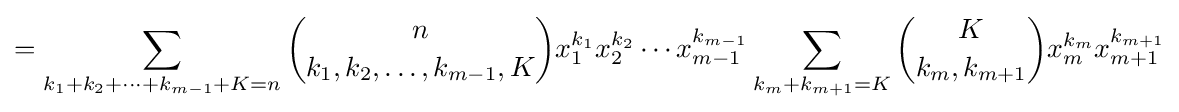
=\sum _{k_{1}+k_{2}+\cdots +k_{m-1}+K=n}{n \choose k_{1},k_{2},\ldots ,k_{m-1},K}x_{1}^{k_{1}}x_{2}^{k_{2}}\cdots x_{m-1}^{k_{m-1}}\sum _{k_{m}+k_{m+1}=K}{K \choose k_{m},k_{m+1}}x_{m}^{k_{m}}x_{m+1}^{k_{m+1}}